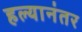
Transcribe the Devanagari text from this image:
हल्यानंतर